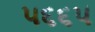
૫૬૬૫